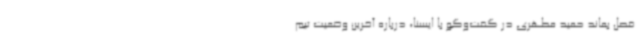
فصل بماند حمید مطهری در گفت‌وگو با ایسنا، درباره آخرین وضعیت تیم